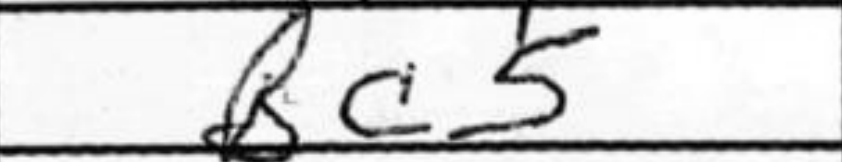
Transcription: Bc5